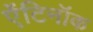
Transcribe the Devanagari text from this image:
ऐंटिनॉक